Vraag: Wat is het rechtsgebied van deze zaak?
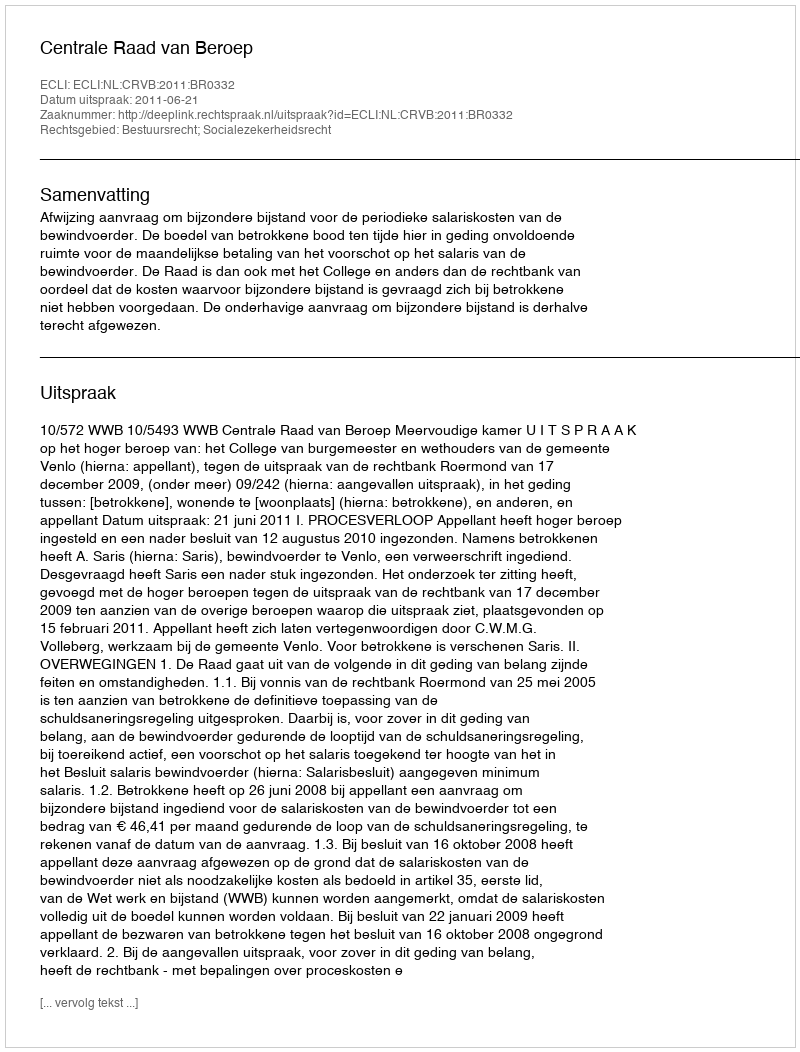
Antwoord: Bestuursrecht; Socialezekerheidsrecht